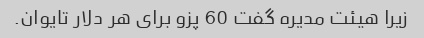
زیرا هیئت مدیره گفت 60 پزو برای هر دلار تایوان.